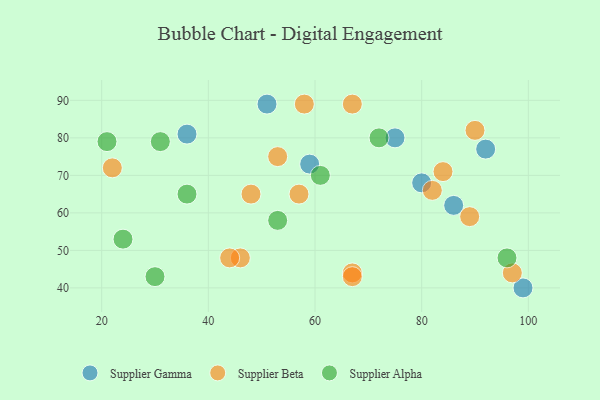
{"axis": {"x": "GDP", "y": "Life Expectancy"}, "legend": ["Supplier Alpha", "Supplier Beta", "Supplier Gamma"], "data": [{"x": "92", "y": 77, "type": "Supplier Gamma"}, {"x": "80", "y": 68, "type": "Supplier Gamma"}, {"x": "75", "y": 80, "type": "Supplier Gamma"}, {"x": "99", "y": 40, "type": "Supplier Gamma"}, {"x": "51", "y": 89, "type": "Supplier Gamma"}, {"x": "36", "y": 81, "type": "Supplier Gamma"}, {"x": "59", "y": 73, "type": "Supplier Gamma"}, {"x": "86", "y": 62, "type": "Supplier Gamma"}, {"x": "53", "y": 75, "type": "Supplier Beta"}, {"x": "67", "y": 44, "type": "Supplier Beta"}, {"x": "46", "y": 48, "type": "Supplier Beta"}, {"x": "48", "y": 65, "type": "Supplier Beta"}, {"x": "57", "y": 65, "type": "Supplier Beta"}, {"x": "22", "y": 72, "type": "Supplier Beta"}, {"x": "84", "y": 71, "type": "Supplier Beta"}, {"x": "89", "y": 59, "type": "Supplier Beta"}, {"x": "90", "y": 82, "type": "Supplier Beta"}, {"x": "82", "y": 66, "type": "Supplier Beta"}, {"x": "67", "y": 89, "type": "Supplier Beta"}, {"x": "97", "y": 44, "type": "Supplier Beta"}, {"x": "67", "y": 43, "type": "Supplier Beta"}, {"x": "58", "y": 89, "type": "Supplier Beta"}, {"x": "44", "y": 48, "type": "Supplier Beta"}, {"x": "36", "y": 65, "type": "Supplier Alpha"}, {"x": "61", "y": 70, "type": "Supplier Alpha"}, {"x": "21", "y": 79, "type": "Supplier Alpha"}, {"x": "30", "y": 43, "type": "Supplier Alpha"}, {"x": "72", "y": 80, "type": "Supplier Alpha"}, {"x": "31", "y": 79, "type": "Supplier Alpha"}, {"x": "96", "y": 48, "type": "Supplier Alpha"}, {"x": "24", "y": 53, "type": "Supplier Alpha"}, {"x": "53", "y": 58, "type": "Supplier Alpha"}]}